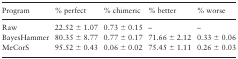
| Program | % perfect | % chimeric | % better | % worse |
 | --- | --- | --- | --- | --- |
 | Raw | 22.52 ± 1.07 | 0.73 ± 0.15 | – | – |
 | BayesHammer | 80.35 ± 8.77 | 0.77 ± 0.17 | 71.66 ± 2.12 | 0.33 ± 0.06 |
 | MeCorS | 95.52 ± 0.43 | 0.06 ± 0.02 | 75.45 ± 1.11 | 0.26 ± 0.03 |